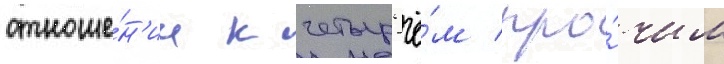
отноше́н'ии к четыр'ё́м про́чим